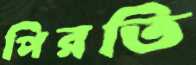
পিরতি